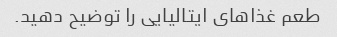
طعم غذاهای ایتالیایی را توضیح دهید.